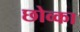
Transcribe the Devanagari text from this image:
छोव्का